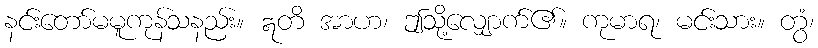
နင်းတော်မမူကုန်သနည်း။ ဣတိ အာဟ၊ ဤသို့လျှောက်၏။ ကုမာရ၊ မင်းသား။ တွံ၊